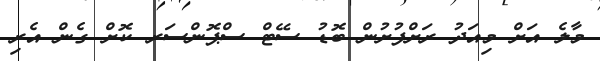
މާލެ އަށް މިއަދު ރަށްފުށުން ބޮޑު ސޭޓް ސްޕޮންސަރ ކޮށް ގެން އެރި